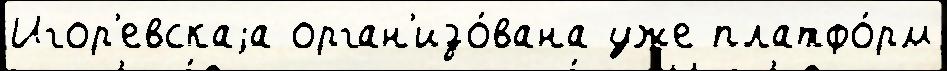
Игор'евскаjа орган'изо́вана уже платфо́рм